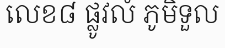
លេខ៨ ផ្លូវលំ ភូមិទួល